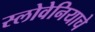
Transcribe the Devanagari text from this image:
स्लोवेनियाचे